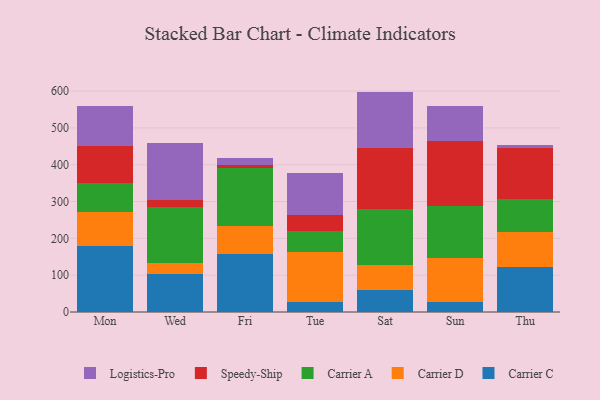
{"axis": {"x": "Day", "y": "Operating Costs (USD K)"}, "legend": ["Carrier A", "Carrier C", "Carrier D", "Logistics-Pro", "Speedy-Ship"], "data": [{"x": "Mon", "y": 179.0, "type": "Carrier C"}, {"x": "Mon", "y": 91.6, "type": "Carrier D"}, {"x": "Mon", "y": 79.9, "type": "Carrier A"}, {"x": "Mon", "y": 100.7, "type": "Speedy-Ship"}, {"x": "Mon", "y": 108.1, "type": "Logistics-Pro"}, {"x": "Wed", "y": 103.3, "type": "Carrier C"}, {"x": "Wed", "y": 29.8, "type": "Carrier D"}, {"x": "Wed", "y": 152.2, "type": "Carrier A"}, {"x": "Wed", "y": 19.1, "type": "Speedy-Ship"}, {"x": "Wed", "y": 155.1, "type": "Logistics-Pro"}, {"x": "Fri", "y": 158.2, "type": "Carrier C"}, {"x": "Fri", "y": 75.6, "type": "Carrier D"}, {"x": "Fri", "y": 157.3, "type": "Carrier A"}, {"x": "Fri", "y": 7.1, "type": "Speedy-Ship"}, {"x": "Fri", "y": 19.9, "type": "Logistics-Pro"}, {"x": "Tue", "y": 28.5, "type": "Carrier C"}, {"x": "Tue", "y": 133.7, "type": "Carrier D"}, {"x": "Tue", "y": 57.8, "type": "Carrier A"}, {"x": "Tue", "y": 42.9, "type": "Speedy-Ship"}, {"x": "Tue", "y": 115.6, "type": "Logistics-Pro"}, {"x": "Sat", "y": 60.2, "type": "Carrier C"}, {"x": "Sat", "y": 67.3, "type": "Carrier D"}, {"x": "Sat", "y": 153.0, "type": "Carrier A"}, {"x": "Sat", "y": 164.4, "type": "Speedy-Ship"}, {"x": "Sat", "y": 153.8, "type": "Logistics-Pro"}, {"x": "Sun", "y": 27.9, "type": "Carrier C"}, {"x": "Sun", "y": 117.6, "type": "Carrier D"}, {"x": "Sun", "y": 142.7, "type": "Carrier A"}, {"x": "Sun", "y": 176.7, "type": "Speedy-Ship"}, {"x": "Sun", "y": 93.6, "type": "Logistics-Pro"}, {"x": "Thu", "y": 121.1, "type": "Carrier C"}, {"x": "Thu", "y": 97.0, "type": "Carrier D"}, {"x": "Thu", "y": 87.7, "type": "Carrier A"}, {"x": "Thu", "y": 138.7, "type": "Speedy-Ship"}, {"x": "Thu", "y": 8.6, "type": "Logistics-Pro"}]}